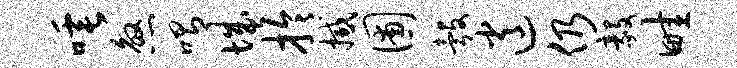
唾煞喟城拎撼圃彀逍仍毅畦